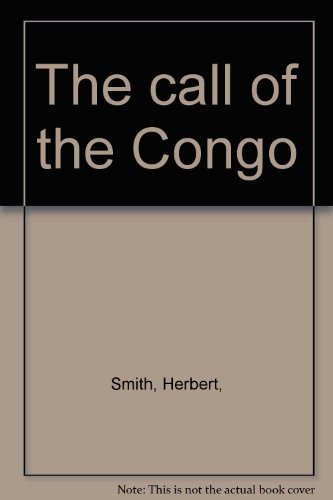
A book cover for The call of the Congo,; Herbert Smith; Travel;